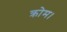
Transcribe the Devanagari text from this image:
क्रोम।